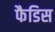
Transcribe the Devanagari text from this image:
फैडिस